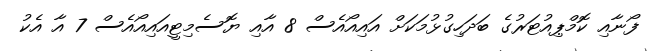
ފޯނާއި ކޮމްޕިއުޓަރުގެ ބަދަހިގުޅުމަކަށް އައިއޯއެސް 8 އާއި ޔޮސެމިޓީއައިއޯއެސް 7 އާ އެކު